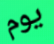
يوم